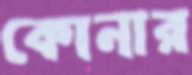
কোনার